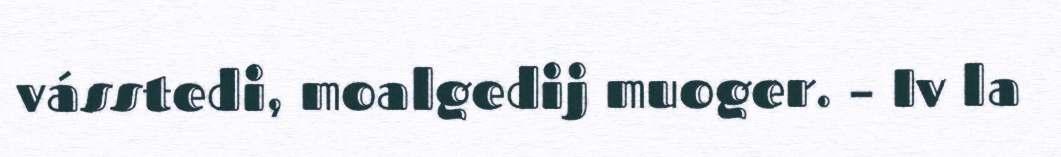
vásstedi, moalgedij muoger. – Iv la